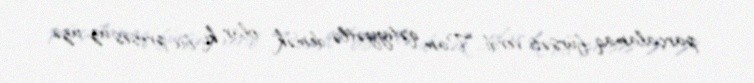
parçalamaq fürsəti verdi... Tam qətiyyətlə demək olar ki, bu proses üz-üzə